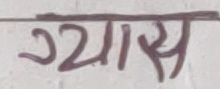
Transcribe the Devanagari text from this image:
ग्यास